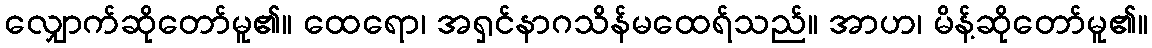
လျှောက်ဆိုတော်မူ၏။ ထေရော၊ အရှင်နာဂသိန်မထေရ်သည်။ အာဟ၊ မိန့်ဆိုတော်မူ၏။